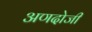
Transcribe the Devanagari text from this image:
अणदोजी